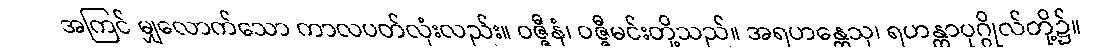
အကြင် မျှလောက်သော ကာလပတ်လုံးလည်း။ ဝဇ္ဇီနံ၊ ဝဇ္ဇီမင်းတို့သည်။ အရဟန္တေသု၊ ရဟန္တာပုဂ္ဂိုလ်တို့၌။